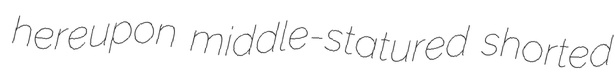
hereupon middle-statured shorted